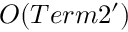
{ \cal O } ( T e r m 2 ^ { \prime } )